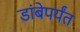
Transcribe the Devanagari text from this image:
डांबेपर्यंत